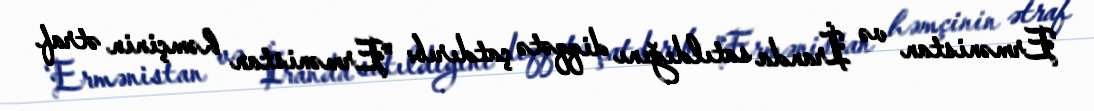
Ermənistan və İranda satıldığını diqqətə çatdırıb: "Ermənistan həmçinin ətraf